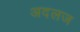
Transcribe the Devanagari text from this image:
अदलज